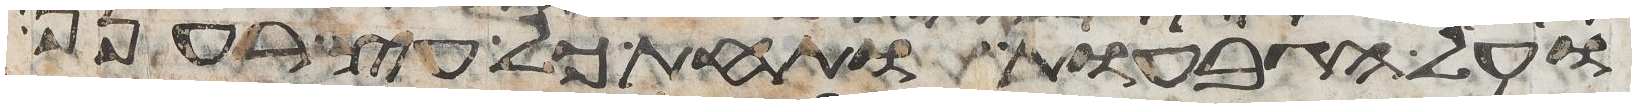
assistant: ועל הגבעות ותחת כל עץ רענן